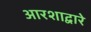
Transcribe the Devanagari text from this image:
आरशाद्वारे